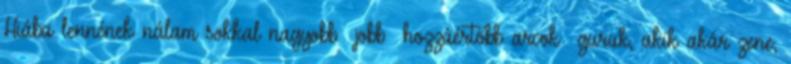
Hiába lennének nálam sokkal nagyobb jobb hozzáértőbb arcok guruk, akik akár zene,